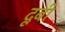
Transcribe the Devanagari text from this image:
दूबी